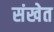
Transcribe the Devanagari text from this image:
संखेत